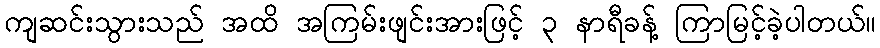
ကျဆင်းသွားသည် အထိ အကြမ်းဖျင်းအားဖြင့် ၃ နာရီခန့် ကြာမြင့်ခဲ့ပါတယ်။